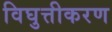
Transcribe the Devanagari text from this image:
विघुत्तीकरण